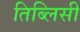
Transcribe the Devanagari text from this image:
तिब्लिसी